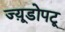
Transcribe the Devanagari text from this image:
ज्य़ूडोपटू